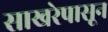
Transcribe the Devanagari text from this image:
साखरेपासून